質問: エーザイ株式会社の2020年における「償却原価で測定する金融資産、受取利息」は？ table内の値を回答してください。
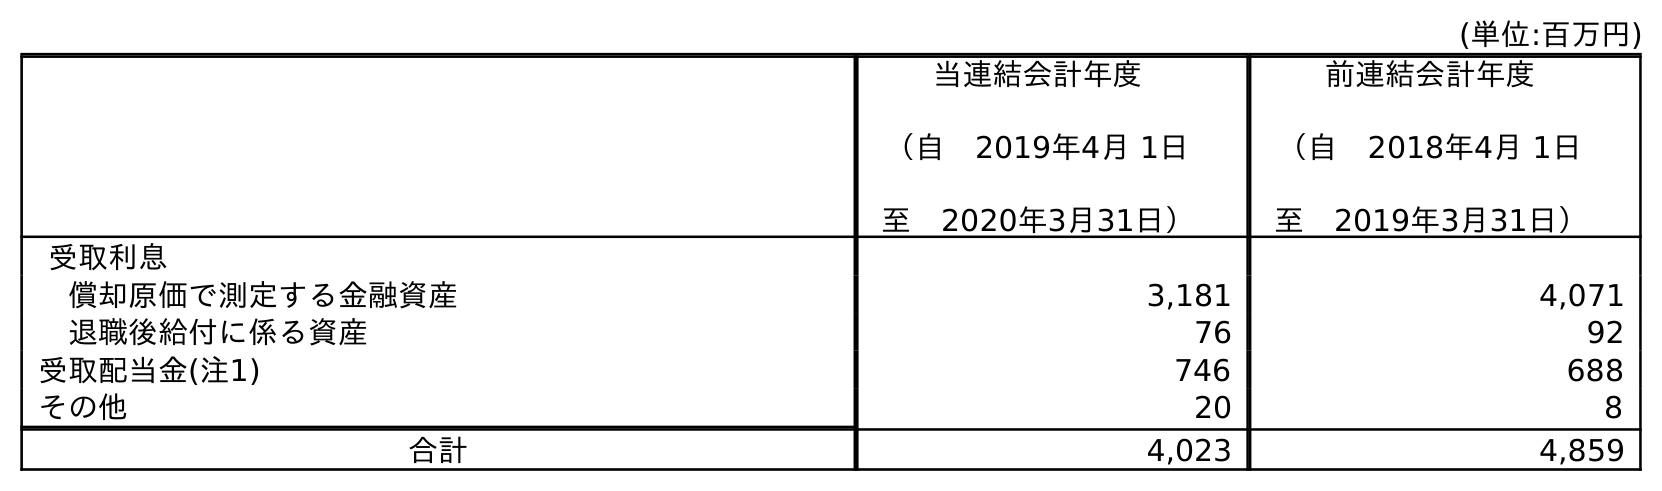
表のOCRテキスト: (単位:百万円) 当連結会計年度 （自 2019年4月 1日 至 2020年3月31日） 前連結会計年度 （自 2018年4月 1日 至 2019年3月31日） 受取利息 償却原価で測定する金融資産 3,181 4,071 退職後給付に係る資産 76 92 受取配当金(注1) 746 688 その他 20 8 合計 4,023 4,859
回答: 3,181